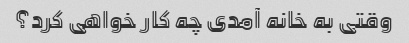
وقتی به خانه آمدی چه کار خواهی کرد؟